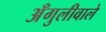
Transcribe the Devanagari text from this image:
अँगुलीवाले